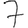
Digit: 7